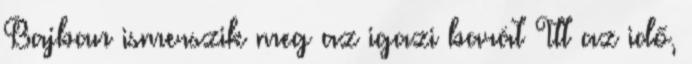
Bajban ismerszik meg az igazi barát Itt az idő,